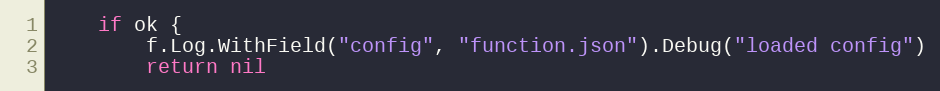
Language: Go
	if ok {
		f.Log.WithField("config", "function.json").Debug("loaded config")
		return nil